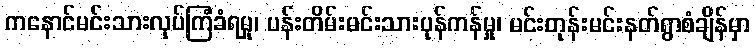
ကနောင်မင်းသားလုပ်ကြံခံရမှု၊ ပန်းတိမ်းမင်းသားပုန်ကန်မှု၊ မင်းတုန်းမင်းနတ်ရွာစံချိန်မှာ